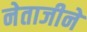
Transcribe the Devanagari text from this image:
नेताजीने